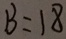
B = 1 8